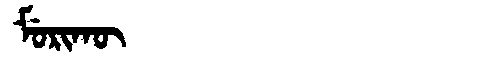
Manchu: ᠮᡠᡵᡳᡴᡡ
Romanization: MURIKŪ